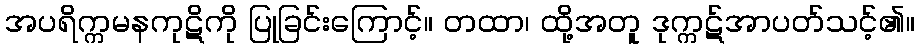
အပရိက္ကမနကုဋိကို ပြုခြင်းကြောင့်။ တထာ၊ ထို့အတူ ဒုက္ကဋ်အာပတ်သင့်၏။